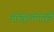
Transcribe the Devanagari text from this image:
अस्पृश्यंनाही